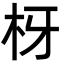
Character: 枒